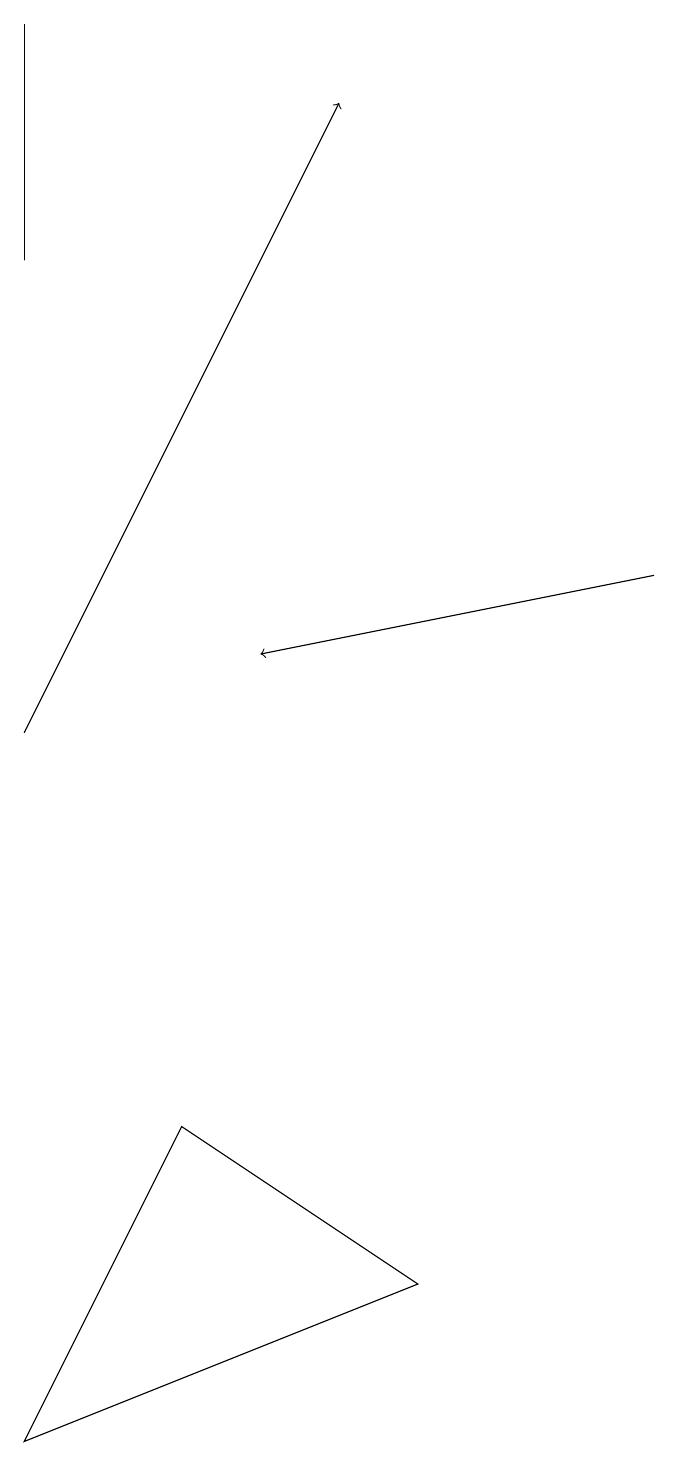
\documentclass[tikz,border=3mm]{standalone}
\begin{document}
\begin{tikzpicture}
\draw[->] (8,12) -- (3,11);
\draw (0,16) rectangle (0,19);
\draw[->] (0,10) -- (4,18);
\draw (5,3) -- (2,5) -- (0,1) -- cycle;
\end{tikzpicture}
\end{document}